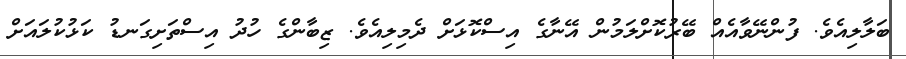
ބަލާލިއެވެ. ފުންނޭވާއެއް ބޭރުކޮށްލަމުން އޭނާގެ އިސްކޮޅަށް ދެމިލިއެވެ. ޒިބާންގެ ހުދު އިސްތަށިގަނޑު ކަޅުކުލައަށް